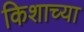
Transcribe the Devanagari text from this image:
किशाच्या